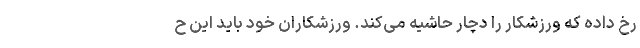
رخ داده که ورزشکار را دچار حاشیه می‌کند. ورزشکاران خود باید این ح